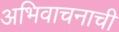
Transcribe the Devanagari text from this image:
अभिवाचनाची